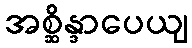
အစ္ဆိန္ဒာပေယျ